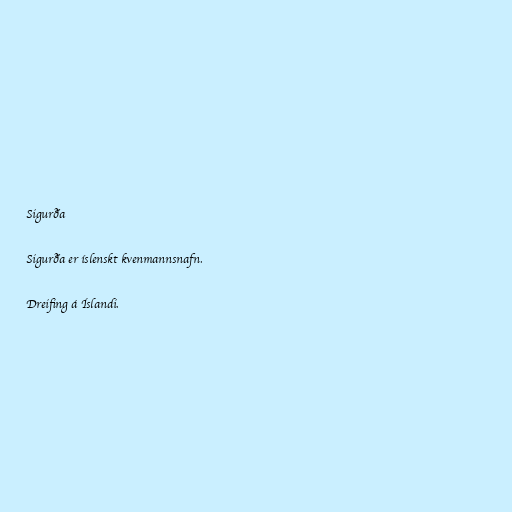
Sigurða

Sigurða er íslenskt kvenmannsnafn.

Dreifing á Íslandi.